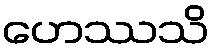
ဟေဿသိ